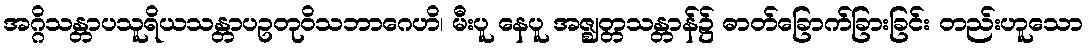
အဂ္ဂိသန္တာပသူရိယသန္တာပဥတုဝိသဘာဂေဟိ၊ မီးပူ နေပူ အဇ္ဈတ္တသန္တာန်၌ ဓာတ်ခြောက်ခြားခြင်း တည်းဟူသော